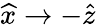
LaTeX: \widehat{x}\rightarrow-\widehat{z}